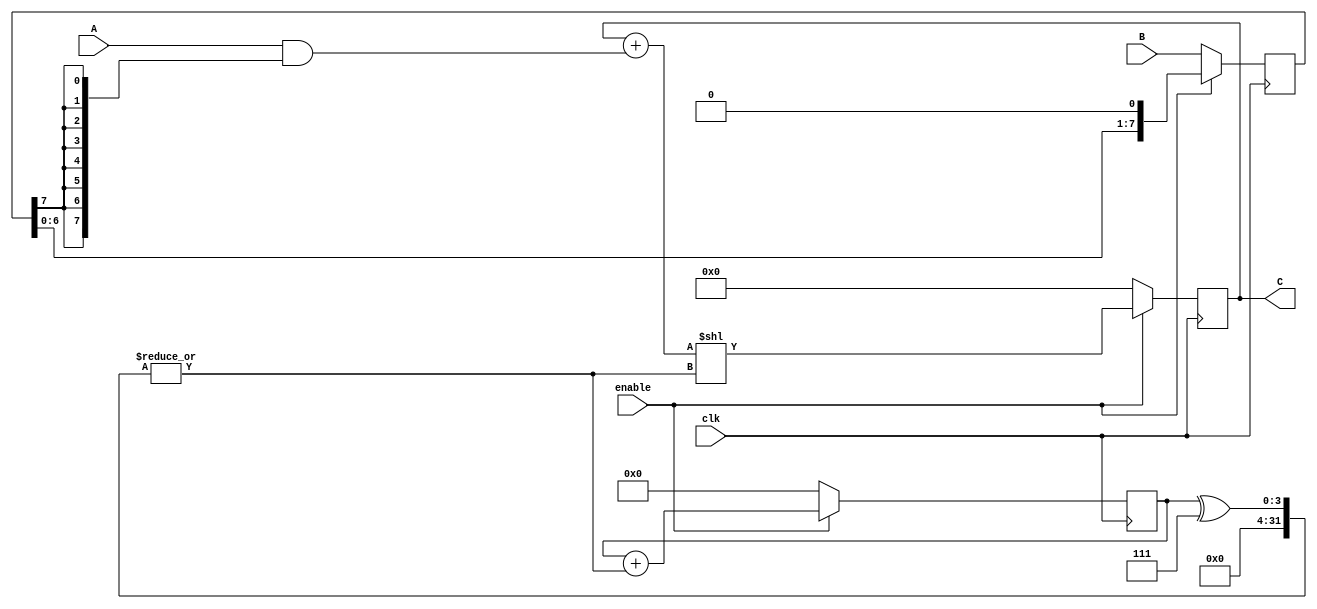
`timescale 1ns / 1ps
//////////////////////////////////////////////////////////////////////////////////
// Company: 
// Engineer: 
// 
// Design Name: 
// Module Name: SeqMultiplier
// Project Name: 
// Target Devices: 
// Tool Versions: 
// Description: 
// 
// Dependencies: 
// 
// Revision:
// Revision 0.01 - File Created
// Additional Comments:
// 
//////////////////////////////////////////////////////////////////////////////////


module SeqMultiplier(
    input wire clk, 
    input wire enable,
    input wire [7:0] A, 
    input wire [7:0] B,
    output wire [15:0] C
);

reg [15:0] prod;
reg [7:0] mult;
reg [3:0] counter;
wire shift;

assign C = prod;
assign shift = |(counter^7);

always @(posedge clk) begin
    if (!enable) begin
        mult <= B;
        prod <= 0;
        counter <= 0;
    end
    else begin
        mult <= mult << 1;
        prod <= (prod + (A & {8{mult[7]}})) << shift;
        counter <= counter + shift;
    end
end

endmodule